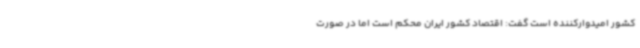
کشور امیدوارکننده است گفت: اقتصاد کشور ایران محکم است اما در صورت